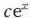
c e ^ { x }$$。